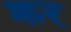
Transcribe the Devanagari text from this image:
क्रर